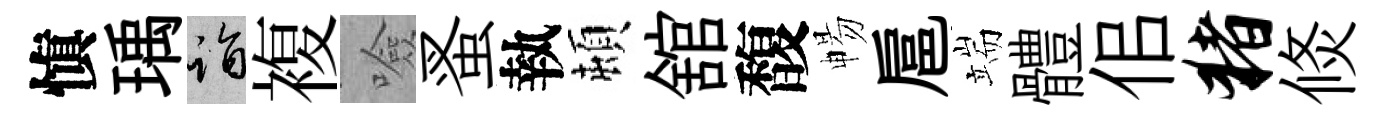
愼瑀诣複噞蚤執頓舘馥暢扈端體佀猪倐